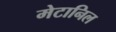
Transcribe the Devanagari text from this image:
मेटानिल